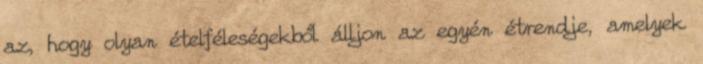
az, hogy olyan ételféleségekből álljon az egyén étrendje, amelyek